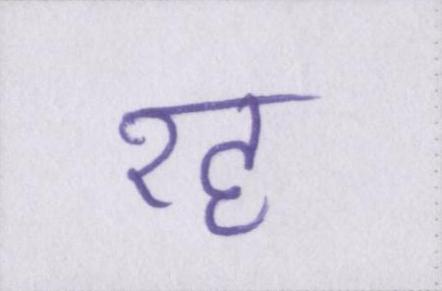
रह